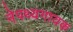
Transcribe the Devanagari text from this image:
नेपथ्यगायक